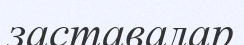
заставалар